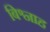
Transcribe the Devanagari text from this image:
बिश्नाह